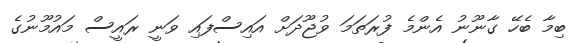
ބިމާ ބެހޭ ގާނޫނު އެންމެ ފުރަތަމަ ވުޖޫދަށް އައިސްފައި ވަނީ ރައީސް މައުމޫނުގެ